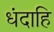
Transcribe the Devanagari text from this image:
धंदाहि